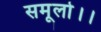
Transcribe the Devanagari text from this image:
समूलो।।